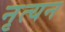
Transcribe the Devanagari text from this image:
नृत्यन